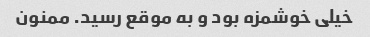
خیلی خوشمزه بود و به موقع رسید. ممنون